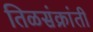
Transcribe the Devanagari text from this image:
तिळसंक्रांती